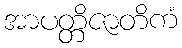
အာပတ္တိဇာတိကံ